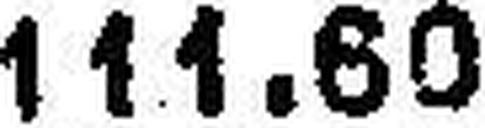
111.60